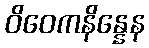
ဝိဝေကနိန္နေန